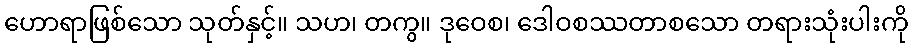
ဟောရာဖြစ်သော သုတ်နှင့်။ သဟ၊ တကွ။ ဒုဝေစ၊ ဒေါဝစဿတာစသော တရားသုံးပါးကို